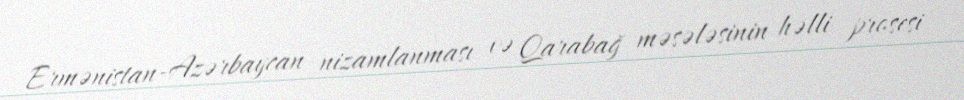
Ermənistan-Azərbaycan nizamlanması və Qarabağ məsələsinin həlli prosesi